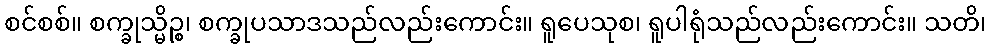
စင်စစ်။ စက္ခုသ္မိဉ္စ၊ စက္ခုပသာဒသည်လည်းကောင်း။ ရူပေသုစ၊ ရူပါရုံသည်လည်းကောင်း။ သတိ၊